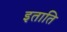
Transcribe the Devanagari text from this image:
इताति